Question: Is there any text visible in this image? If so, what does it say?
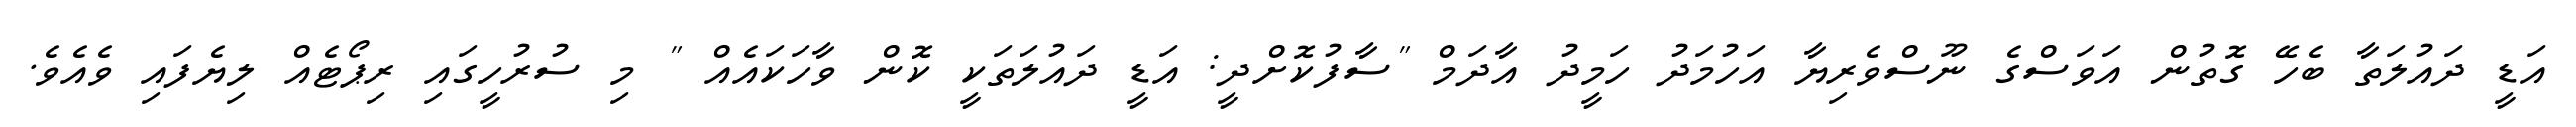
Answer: އަޑީ ދައުލަތާ ބެހޭ ގޮތުން އަވަސްގެ ނޫސްވެރިޔާ އަހުމަދު ހަމީދު އާދަމް "ސާފުކޮށްދީ: އަޑީ ދައުލަތަކީ ކޮން ވާހަކައެއް " މި ސުރުހީގައި ރިޕޯޓެއް ލިޔެފައި ވެއެވެ.